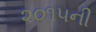
૨૦૧૫ની